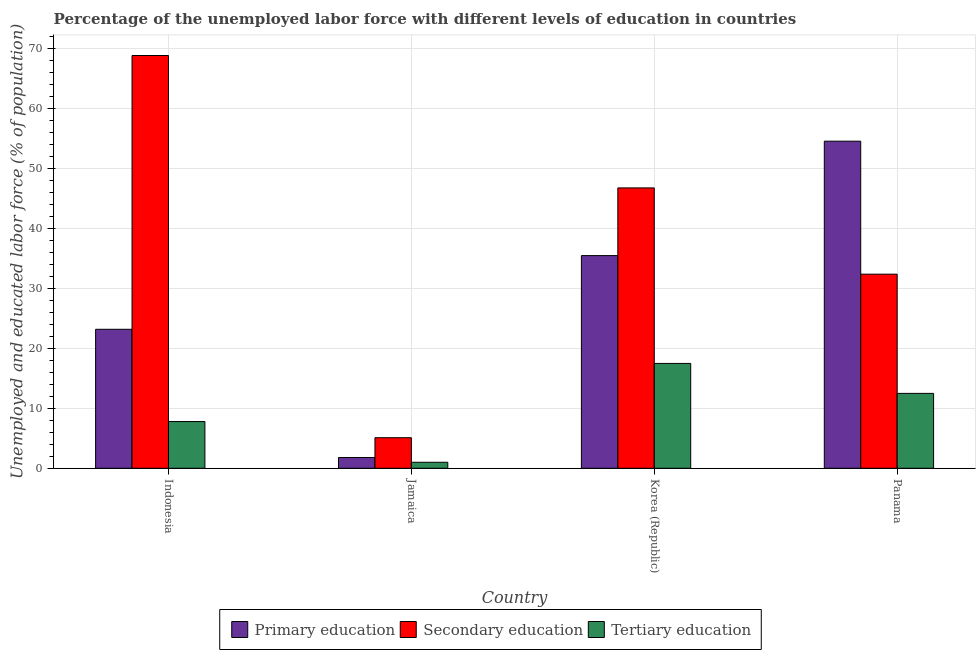
| Country | Primary education | Secondary education | Tertiary education |
 | --- | --- | --- | --- |
 | Indonesia | 23.2 | 68.9 | 7.8 |
 | Jamaica | 1.8 | 5.1 | 1 |
 | Korea (Republic) | 35.5 | 46.8 | 17.5 |
 | Panama | 54.6 | 32.4 | 12.5 |